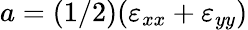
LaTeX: a=(1/2)(\varepsilon_{xx}+\varepsilon_{yy})